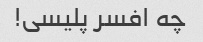
چه افسر پلیسی!